Papers set at the Examination for Leaving Certificates, 1893
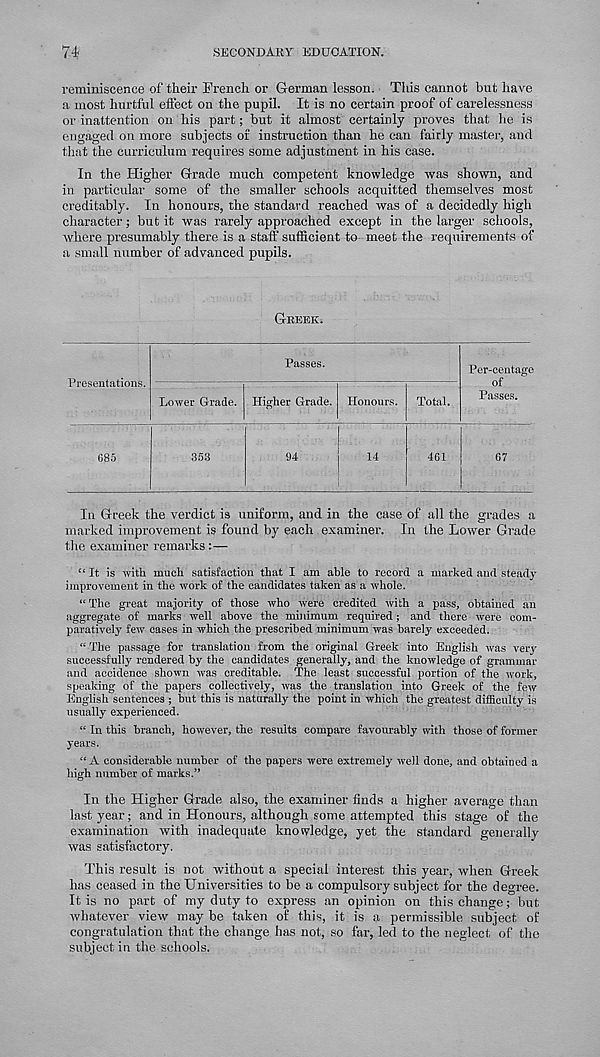
74
SECONDARY EDUCATION.
reminiscence of their French or G-erman lesson. This cannot but have
a most hurtful effect on the pupil. It is no certain proof of carelessness
or inattention on his part; but it almost certainly proves that he is
engaged on more subjects of instruction than he can fairly master, and
that the curriculum requires some adjustment in his case.
In the Higher Grade much competent knowledge was shown, and
in particular some of the smaller schools acquitted themselves most
creditably. In honours, the standard reached was of a decidedly high
character; but it was rarely approached except in the larger schools,
where presumably there is a staff sufficient to meet the requirements of
a small number of advanced pupils.
Greek.
Presentations.
Passes.
Lower Grade. Higher Grade. Honours.
685
353
94
14
Total.
Per-centage
of
Passes.
461
67
In Greek the verdict is uniform, and in the case of all the grades a
marked improvement is found by each examiner. In the Lower Grade
the examiner remarks:—
“ It is with much satisfaction that I am able to record a marked and steady
improvement in the work of the candidates taken as a whole.
“ The great majority of those who were credited with a pass, obtained an
aggregate of marks well above the minimum required; and there were com-
paratively few cases in which the prescribed minimum was barely exceeded.
“ The passage for translation from the original Greek into English was very
successfully rendered by the candidates generally, and the knowledge of grammar
and accidence shown was creditable. The least successful portion of the work,
speaking of the papers collectively, was the translation into Greek of the few
English sentences ; but this is naturally the point in which the greatest difficulty is
usually experienced.
“ In this branch, however, the results compare favourably with those of former
years.
“A considerable number of the papers were extremely well done, and obtained a
high number of marks.”
In the Higher Grade also, the examiner finds a higher average than
last year; and in Honours, although some attempted this stage of the
examination with inadequate knowledge, yet the standard generally
was satisfactory.
This result is not without a special interest this year, when Greek
has ceased in the Universities to be a compulsory subject for the degree.
It is no part of my duty to express an opinion on this change; but
whatever view may be taken of this, it is a permissible subject of
congratulation that the change has not, so far, led to the neglect of the
subject in the schools.